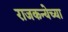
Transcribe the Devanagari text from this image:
राजकन्येच्या